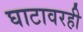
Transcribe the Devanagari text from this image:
घाटावरही